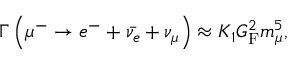
\Gamma \left( \mu ^ { - } \rightarrow e ^ { - } + { \bar { \nu _ { e } } } + \nu _ { \mu } \right) \approx K _ { 1 } G _ { \mathrm { F } } ^ { 2 } m _ { \mu } ^ { 5 } ,